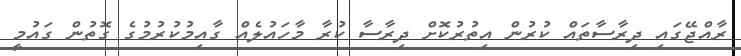
ރާއްޖޭގައި ދިރާސާތައް ކުރުން އިތުރުކޮށް ދިރާސާ ކުރާ މާހައުލެއް ގާއިމުކުރުމުގެ ގޮތުން ގައުމީ